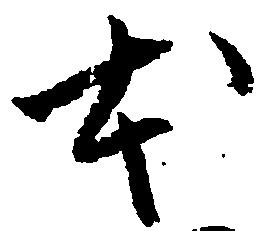
本